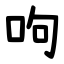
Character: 呴